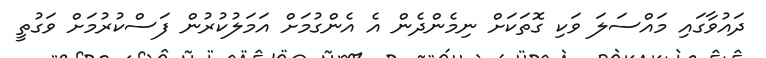
ދައުވާގައި މައްސަލަ ވަކި ގޮތަކަށް ނިމެންދެން އެ އެންގުމަށް އަމަލުކުރުން ފަސްކުރުމަށް ވަގުތީ